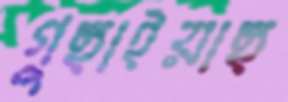
গুছাইয়াছ